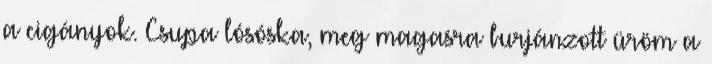
a cigányok. Csupa lósóska, meg magasra burjánzott üröm a